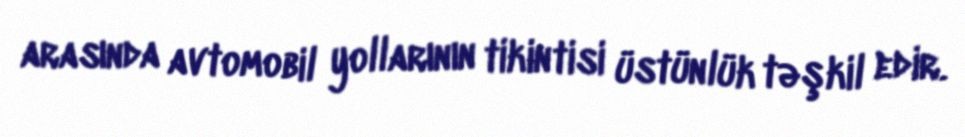
arasında avtomobil yollarının tikintisi üstünlük təşkil edir.